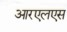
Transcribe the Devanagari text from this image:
आरएलएस